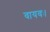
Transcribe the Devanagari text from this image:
वायवः।